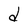
Character: d